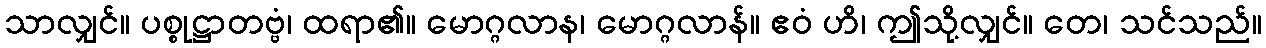
သာလျှင်။ ပစ္စုဋ္ဌာတဗ္ဗံ၊ ထရာ၏။ မောဂ္ဂလာန၊ မောဂ္ဂလာန်။ ဧဝံ ဟိ၊ ဤသို့လျှင်။ တေ၊ သင်သည်။